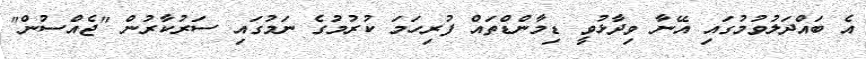
އެ ބައްދަލުވުމުގައި އޭނާ ވިދާޅުވީ ޑިމާންޑްތައް ފުރިހަމަ ކުރުމުގެ ނަމުގައި ސަރުކާރުން "ޖެއްސުން"